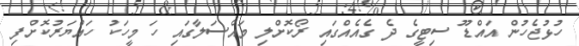
ހުޅުޖެހުން އައްޑޫ ސިޓީގެ ދެ ގެއެއްގައި ރޯކޮށްލި މައްސަލާގައި ހަ މީހަކު ހައްޔަރުކޮށްފި